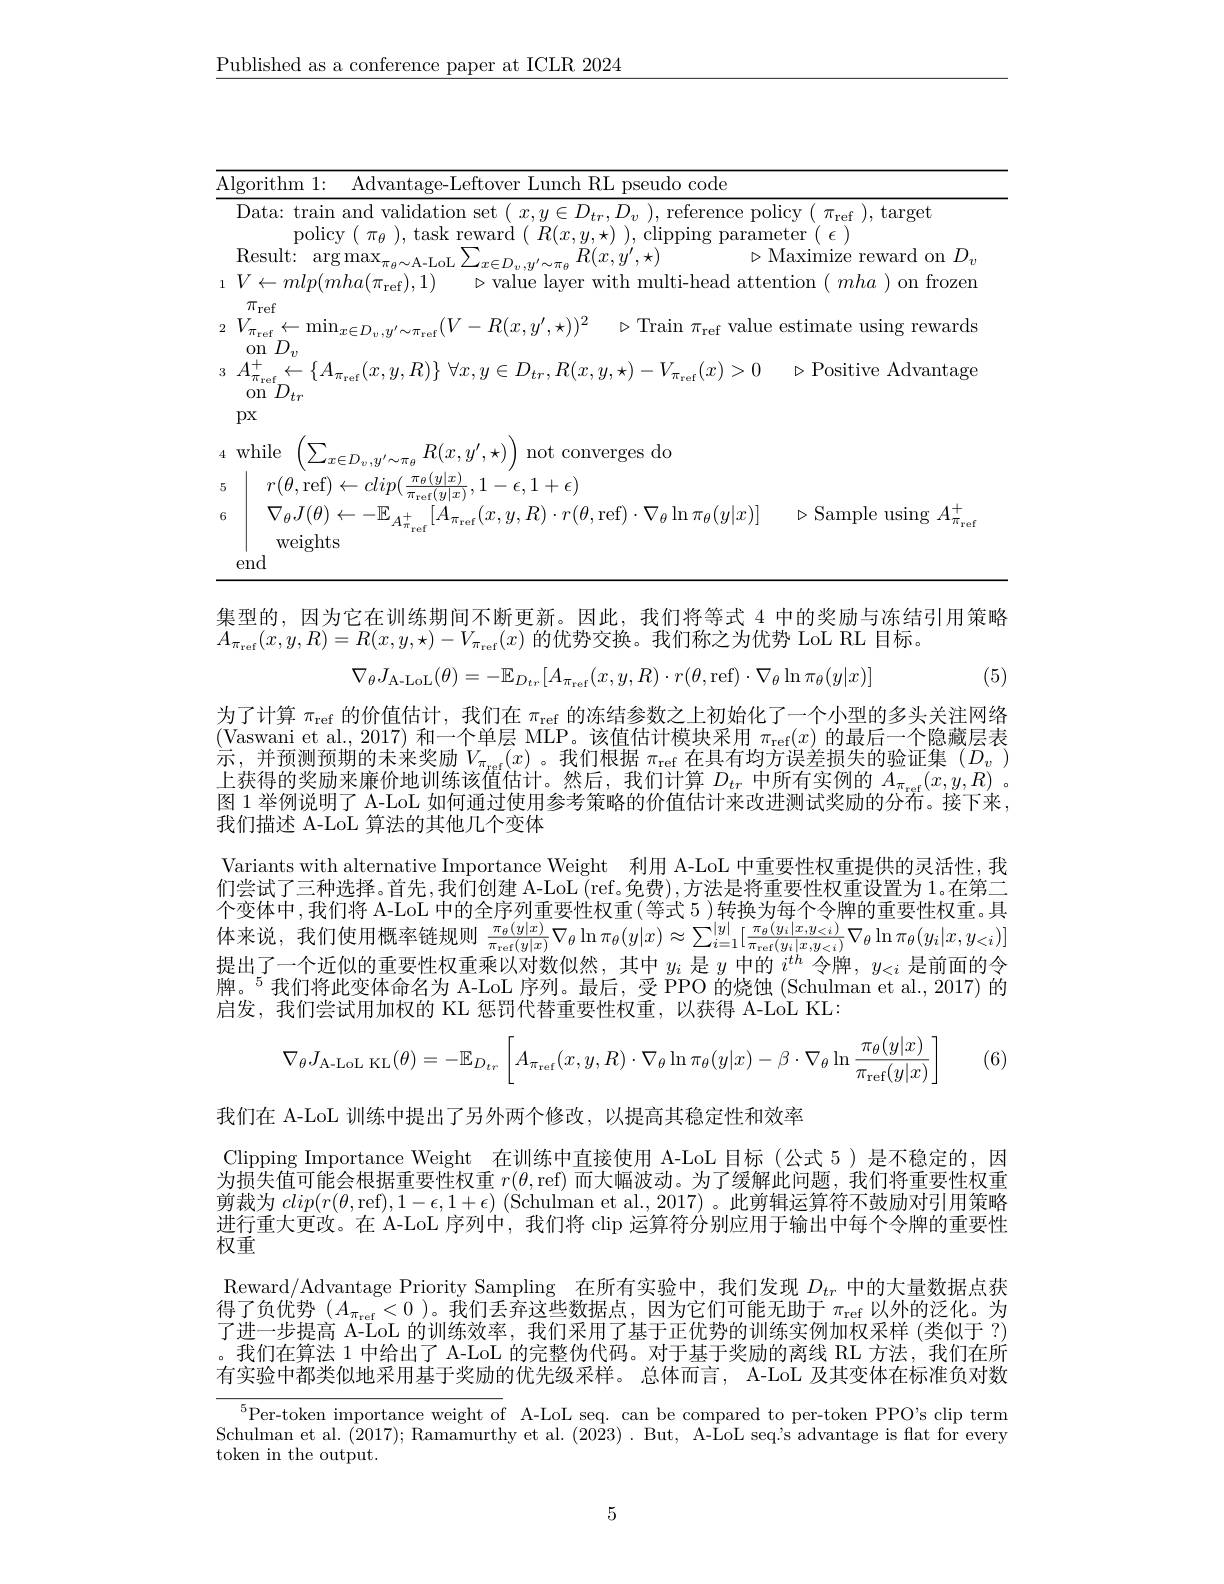
$\underline{\text{Published as a conference paper at ICLR 2024}}$

<table>
	<tbody>
		<tr>
			<td>$\overline{\mathrm{A}}.$ 、</td>
			<td>Algorithm 1: Advantage- Leftover Lunch RL 11 pseudo code</td>
			<td>$1.1nf$ unch RL pseudo code</td>
		</tr>
		<tr>
			<td>6</td>
			<td>$\nabla_{\theta}J(\theta)\leftarrow-\mathbb{E}_{A_{\pi_{\mathrm{wof}}}^{+}}[A_{\pi_{\mathrm{ref}}}(x,y,R)\cdot r(\theta$,ref$)\cdot\nabla_\theta\ln\pi_{\theta}(y|x)]$ 6 weights end</td>
			<td>$[A_{\pi_{\mathrm{ref}}}(x,y,R)\cdot r(\theta$,ref$)\cdot\nabla_\theta\ln\pi_{\theta}(y|x)]$ $\triangleright$Sample using $A_\pi^+$ $^{'}A_{n}^{+}$ $\pi_{\mathrm{re}}$</td>
		</tr>
		<tr>
			<td> </td>
			<td>emd</td>
			<td> </td>
		</tr>
	</tbody>
</table>

集型的，因为它在训练期间不断更新。因此，我们将等式 4 中的奖励与冻结引用策略
$A_{\pi_\mathrm{ref}}(x,y,R)=R(x,y,\star)-V_{\pi_\mathrm{ref}}(x)$的优势交换。我们称之为优势 LoL RL 目标。
$$\nabla_{\theta}J_{\mathrm{A-LoL}}(\theta)=-\mathbb{E}_{D_{tr}}[A_{\pi_{\mathrm{ref}}}(x,y,R)\cdot r(\theta,\mathrm{ref})\cdot\nabla_{\theta}\ln\pi_{\theta}(y|x)]$$
(5)

为了计算$\pi_\mathrm{ref}$的价值估计，我们在$\pi_\mathrm{ref}$的冻结参数之上初始化了一个小型的多头关注网络(Vaswani et al., 2017) 和一个单层 MLP。该值估计模块采用$\pi_\mathrm{ref}(x)$的最后一个隐藏层表示，并预测预期的未来奖励$V_\pi_\mathrm{ref}(x)$。我们根据 $\pi_\mathrm{ref}$在具有均方误差损失的验证集(Dv) 上获得的奖励来廉价地训练该值估计。然后，我们计算$D_{tr}$中所有实例的$A_\pi_\mathrm{ref}(x,y,R)$ 。图 1 举例说明了 A-LoL 如何通过使用参考策略的价值估计来改进测试奖励的分布。接下来， 我们描述 A-LoL 算法的其他几个变体
Variants with alternative Importance Weight 利用 A-LoL 中重要性权重提供的灵活性，我们尝试了三种选择。首先，我们创建 A-LoL (ref。免费),方法是将重要性权重设置为 1。在第二个变体中，我们将 A-LoL 中的全序列重要性权重(等式 5 )转换为每个令牌的重要性权重。具体来说，我们使用概率链规则$\frac\pi{\theta}(y|x){\pi_{\mathrm{ref}}(y|x)}\nabla_{\theta}\ln\pi_{\theta}(y|x)\approx\sum_{i=1}^{|y|}[\frac{\pi_{\theta}(y_{i}|x,y_{<i})}{\pi_{\mathrm{ref}}(y_{i}|x,y_{<i})}\nabla_{\theta}\ln\pi_{\theta}(y_{i}|x,y_{<i})]$ 提出了一个近似的重要性权重乘以对数似然，其中$y_i$是$y$中的$i^{th}$令牌，$y_<i$是前面的令牌。$^{5}$我们将此变体命名为 A-LoL 序列。最后，受 PPO 的烧蚀(Schulman et al., 2017) 的启发，我们尝试用加权的 KL 惩罚代替重要性权重，以获得 A-LoL KL:

(6)
$$\nabla_\theta J_{\text{A-LoL KL}}(\theta)=-\mathbb{E}_{D_{tr}}\left[A_{\pi_{\text{ref}}}(x,y,R)\cdot\nabla_\theta\ln\pi_\theta(y|x)-\beta\cdot\nabla_\theta\ln\frac{\pi_\theta(y|x)}{\pi_{\text{ref}}(y|x)}\right]$$
我们在 A-LoL 训练中提出了另外两个修改，以提高其稳定性和效率

进行重大更改。在 A-LoL 序列中，我们将 clip 运算符分别应用于输出中每个令牌的重要性
权重

Clipping Importance Weight 在训练中直接使用 A-LoL 目标 (公式 5) 是不稳定的，因为损失值可能会根据重要性权重$r(\theta$,ref) 而大幅波动。为了缓解此问题，我们将重要性权重剪裁为$clip(r(\theta$,ref$),1-\epsilon,1+\epsilon)$ (Schulman et al., 2017)。此剪辑运算符不鼓励对引用策略Reward/Advantage Priority Sampling 在所有实验中，我们发现$D_tr$中的大量数据点获得了负优势 $(A_\pi_\mathrm{ref}<0)$。我们丢弃这些数据点，因为它们可能无助于 $\pi_\mathrm{ref}$以外的泛化。为マッド坤言 $\Lambda$ Y 山州体站南 水向区四三十二个地址址位它$\pi_\mathrm{gh}$中心的之间了进一步提高 A-LoL 的训练效率、我们采用了基干正优势的训练实例加权采样(类似于？ 。我们在算法 1 中给出了 A-LoL 的完整伪代码。对于基于奖励的离线 RL 方法，我们在所有实验中都类似地采用基于奖励的优先级采样。总体而言，A-LoL 及其变体在标准负对数

$^{5}$Per-token importance weight of A-LoL seq. can be compared to per-token PPO's clip term Schulman et al. (2017); Ramamurthy et al. $(20\hat{23}).$ But, A-LoL seq's advantage is flat for every token in the output.

5